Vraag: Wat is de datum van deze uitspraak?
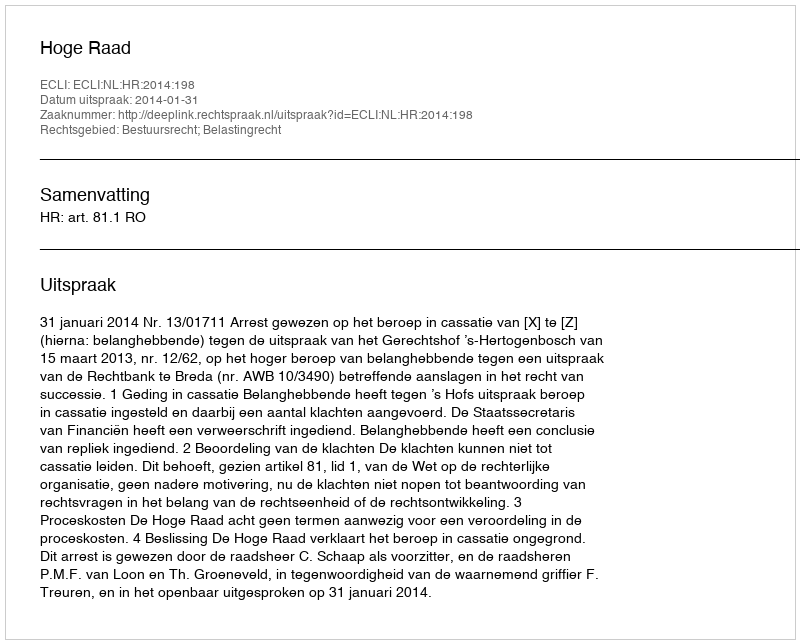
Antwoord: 2014-01-31